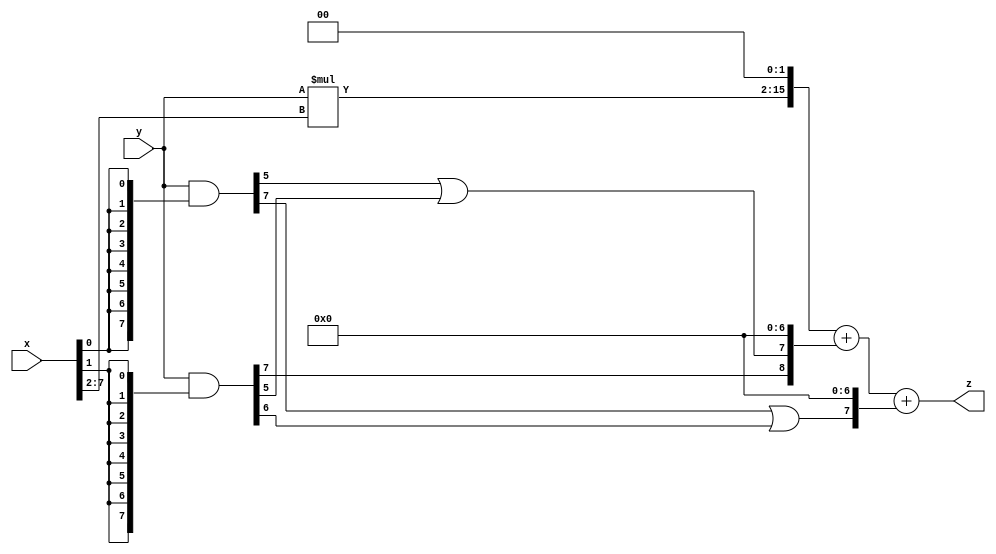
// terms: 3
// fval:  20219.25

module unsigned_exchange_8x8_l2_lamb5000_3 (
	input [7:0] x,
	input [7:0] y,
	output [15:0] z
);

wire [7:0] part1 =  y & {8{x[0]}};
wire [7:0] part2 =  y & {8{x[1]}};
wire [7:0] part3 =  y & {8{x[2]}};
wire [7:0] part4 =  y & {8{x[3]}};
wire [7:0] part5 =  y & {8{x[4]}};
wire [7:0] part6 =  y & {8{x[5]}};
wire [7:0] part7 =  y & {8{x[6]}};
wire [7:0] part8 =  y & {8{x[7]}};

wire [8:0] new_part1;
assign new_part1[0] = 0;
assign new_part1[1] = 0;
assign new_part1[2] = 0;
assign new_part1[3] = 0;
assign new_part1[4] = 0;
assign new_part1[5] = 0;
assign new_part1[6] = 0;
assign new_part1[7] = part1[5] | part2[5];
assign new_part1[8] = part2[7];

wire [7:0] new_part2;
assign new_part2[0] = 0;
assign new_part2[1] = 0;
assign new_part2[2] = 0;
assign new_part2[3] = 0;
assign new_part2[4] = 0;
assign new_part2[5] = 0;
assign new_part2[6] = 0;
assign new_part2[7] = part1[7] | part2[6];

wire [13:0] tmp_z = y*x[7:2];

assign z = {tmp_z, 2'd 0} + new_part1 + new_part2;

endmodule